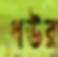
ধউর